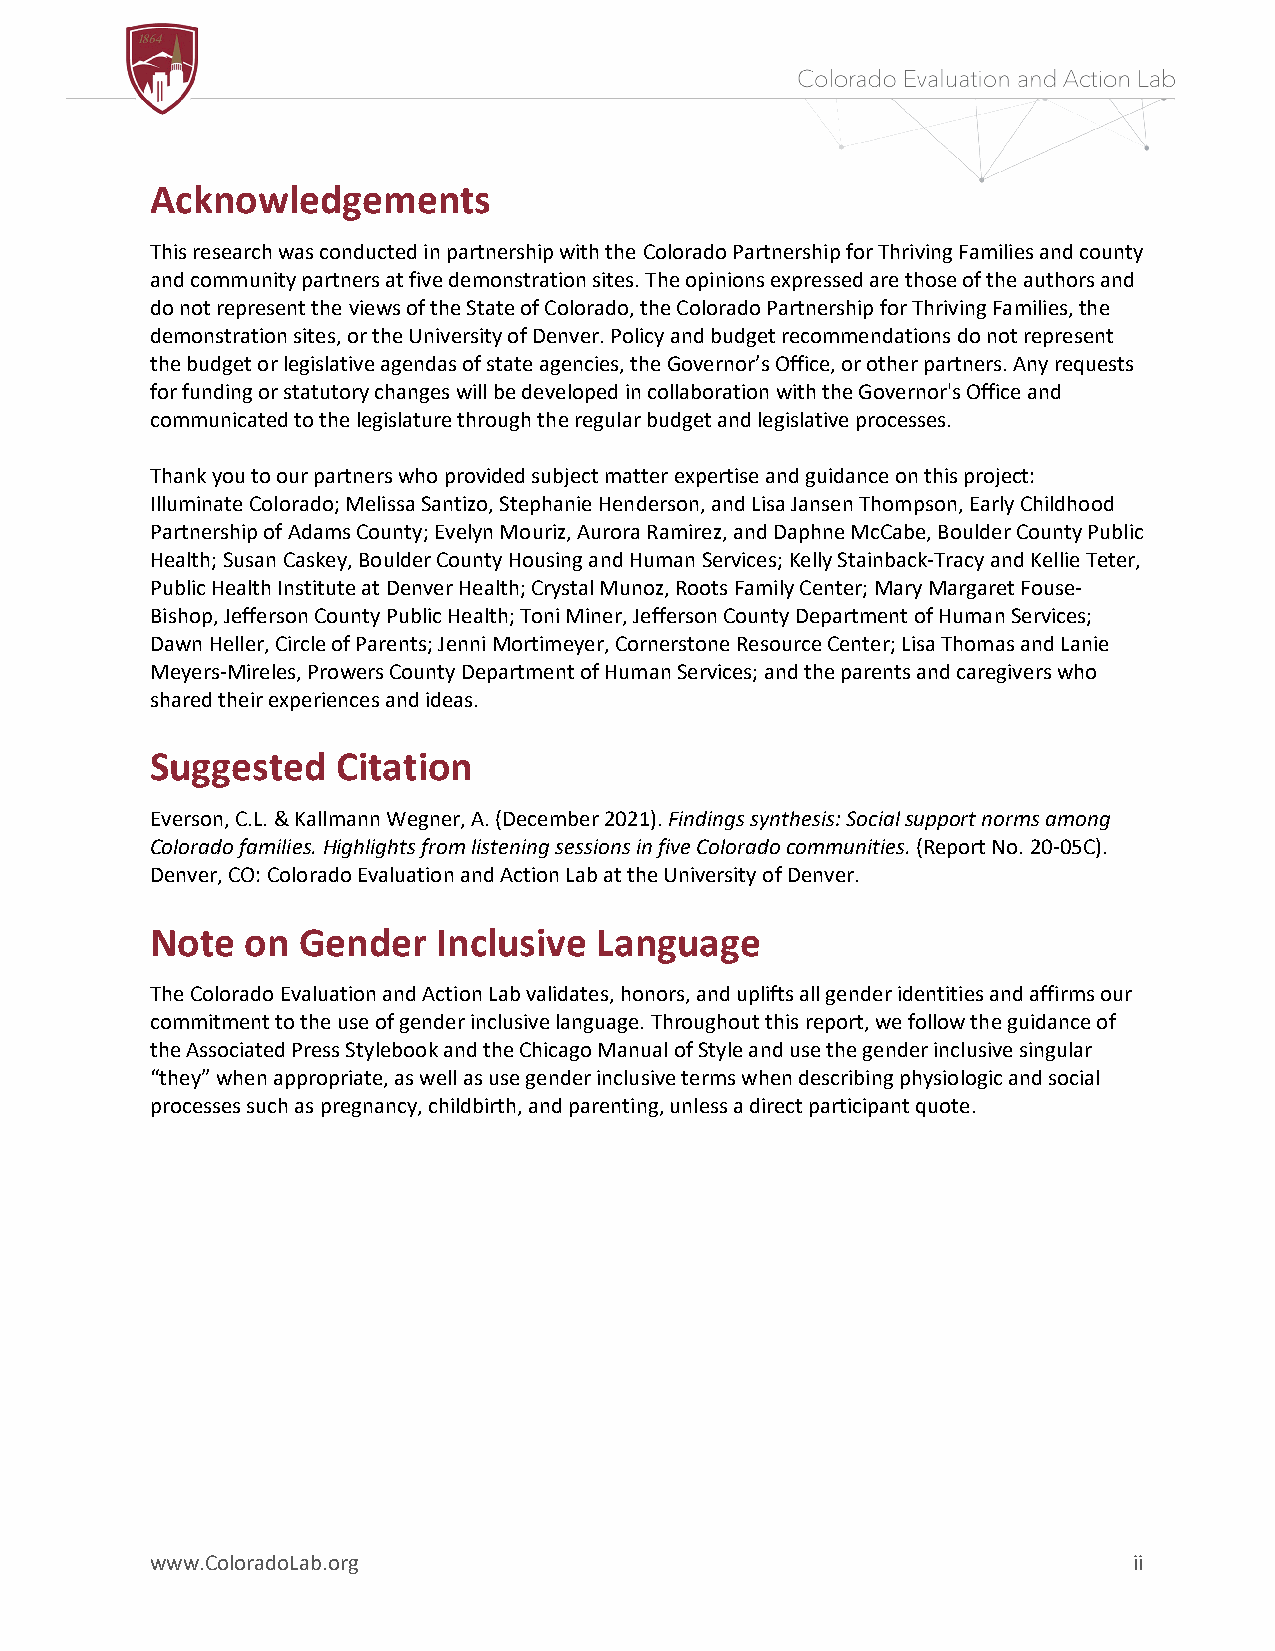
Acknowledgements
 This research was conducted in partnership with the Colorado Partnership for Thriving Families and county
 and community partners at five demonstration sites. The opinions expressed are those of the authors and
 do not represent the views of the State of Colorado, the Colorado Partnership for Thriving Families, the
 demonstration sites, or the University of Denver. Policy and budget recommendations do not represent
 the budget or legislative agendas of state agencies, the Governor’s Office, or other partners. Any requests
 for funding or statutory changes will be developed in collaboration with the Governor's Office and
 communicated to the legislature through the regular budget and legislative processes.
 Thank you to our partners who provided subject matter expertise and guidance on this project:
 Illuminate Colorado; Melissa Santizo, Stephanie Henderson, and Lisa Jansen Thompson, Early Childhood
 Partnership of Adams County; Evelyn Mouriz, Aurora Ramirez, and Daphne McCabe, Boulder County Public
 Health; Susan Caskey, Boulder County Housing and Human Services; Kelly Stainback-Tracy and Kellie Teter,
 Public Health Institute at Denver Health; Crystal Munoz, Roots Family Center; Mary Margaret Fouse-
 Bishop, Jefferson County Public Health; Toni Miner, Jefferson County Department of Human Services;
 Dawn Heller, Circle of Parents; Jenni Mortimeyer, Cornerstone Resource Center; Lisa Thomas and Lanie
 Meyers-Mireles, Prowers County Department of Human Services; and the parents and caregivers who
 shared their experiences and ideas.
 Suggested   Citation
 Everson, C.L. & Kallmann Wegner, A. (December 2021). Findings synthesis: Social support norms among
 Colorado families. Highlights from listening sessions in five Colorado communities. (Report No. 20-05C).
 Denver, CO: Colorado Evaluation and Action Lab at the University of Denver.
 Note  on  Gender   Inclusive  Language
 The Colorado Evaluation and Action Lab validates, honors, and uplifts all gender identities and affirms our
 commitment to the use of gender inclusive language. Throughout this report, we follow the guidance of
 the Associated Press Stylebook and the Chicago Manual of Style and use the gender inclusive singular
 “they” when appropriate, as well as use gender inclusive terms when describing physiologic and social
 processes such as pregnancy, childbirth, and parenting, unless a direct participant quote.
 www.ColoradoLab.org                                              ii